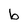
Character: b